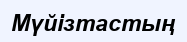
Мүйізтастың